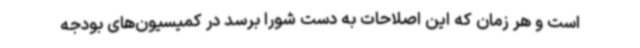
است و هر زمان که این اصلاحات به دست شورا برسد در کمیسیون‌های بودجه